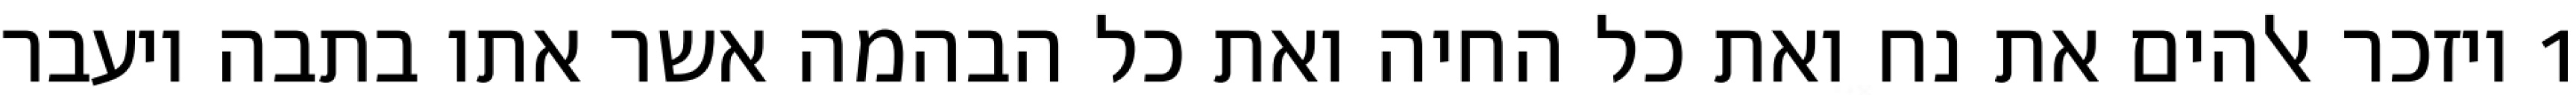
1 ויזכר אלהים את נח ואת כל החיה ואת כל הבהמה אשר אתו בתבה ויעבר